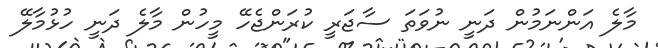
މާލެ އަންނަމުން ދަނީ ނުވަތަ ސާޖަރީ ކުރަންޖެހޭ މީހުން މާލެ ދަނީ ހުޅުމާލޭ